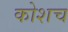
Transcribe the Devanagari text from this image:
कोशच